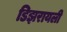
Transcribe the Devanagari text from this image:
डिझरायली